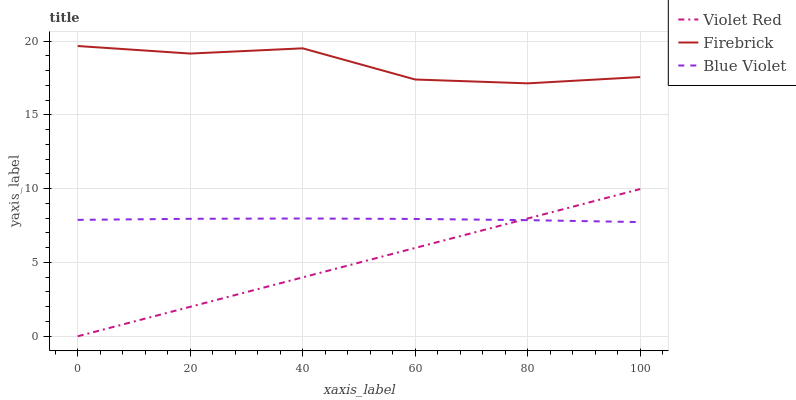
| xaxis_label | Violet Red | Firebrick | Blue Violet |
 | --- | --- | --- | --- |
 | 0 | 0 | 19.7 | 7.89 |
 | 20 | 1.99 | 19.2 | 7.96 |
 | 40 | 3.99 | 19.5 | 7.98 |
 | 60 | 5.98 | 17.4 | 7.95 |
 | 80 | 7.98 | 17.1 | 7.87 |
 | 100 | 9.97 | 17.6 | 7.73 |